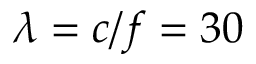
\lambda = c / f = 3 0